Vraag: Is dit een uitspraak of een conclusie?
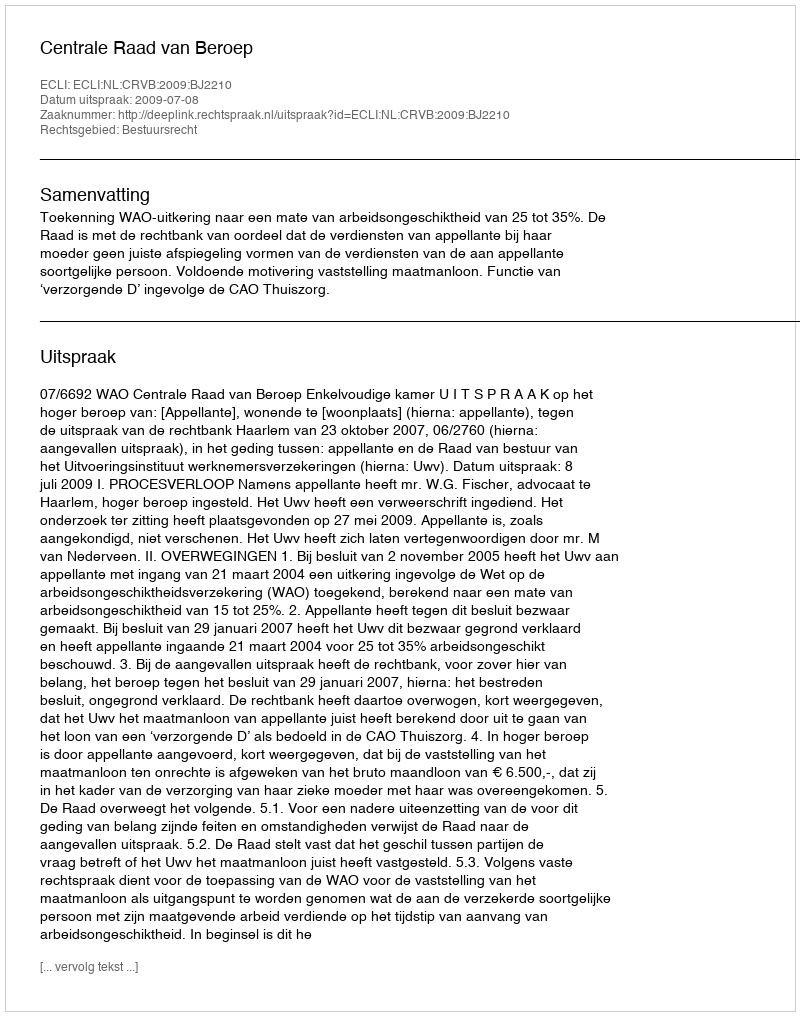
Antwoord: Uitspraak